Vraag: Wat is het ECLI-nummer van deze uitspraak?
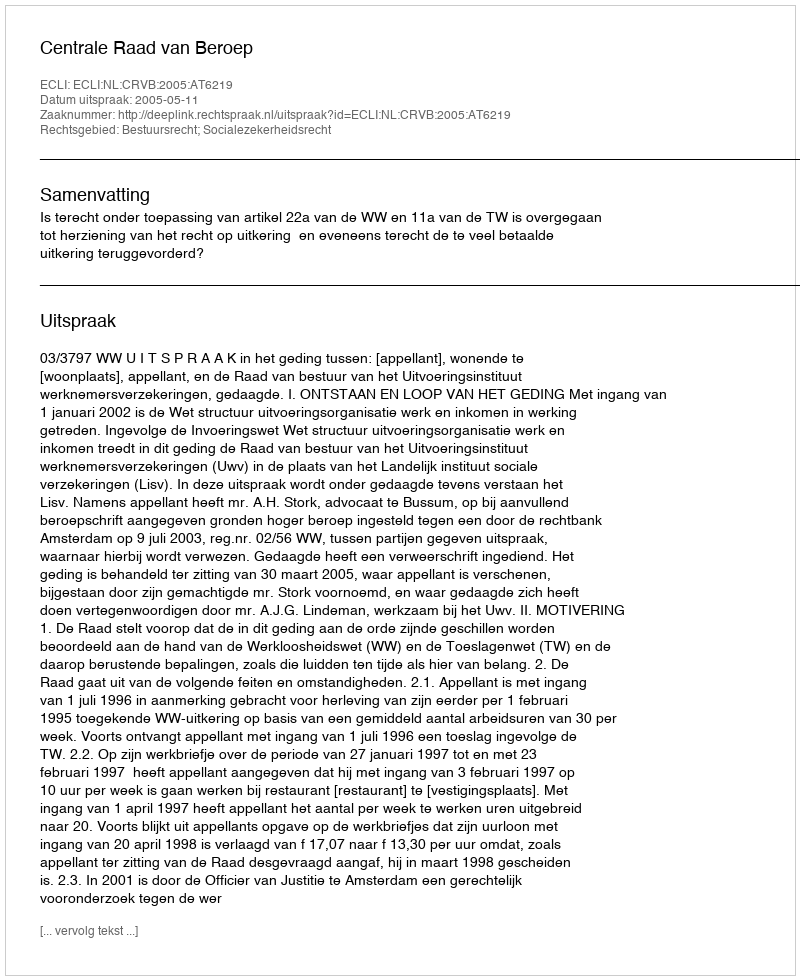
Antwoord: ECLI:NL:CRVB:2005:AT6219